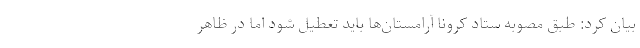
بیان کرد: طبق مصوبه ستاد کرونا آرامستان‌ها باید تعطیل شود اما در ظاهر